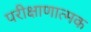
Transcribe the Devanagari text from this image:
परीक्षाणात्मक